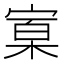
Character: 𰍒